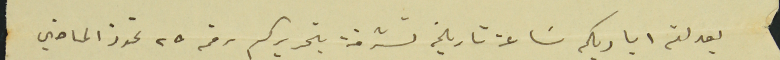
بعد لثم اياديكم سَاعة تاريخه تشرفت بتحريركم رقم ٢٥ تموز الماضي